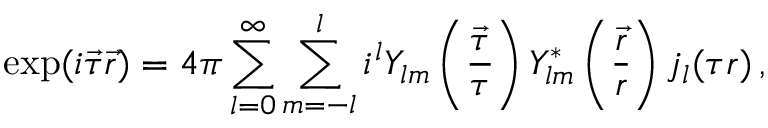
\exp ( i \vec { \tau } \vec { r } ) = 4 \pi \sum _ { l = 0 } ^ { \infty } \sum _ { m = - l } ^ { l } i ^ { l } Y _ { l m } \left( \frac { \vec { \tau } } { \tau } \right) Y _ { l m } ^ { \ast } \left( \frac { \vec { r } } { r } \right) j _ { l } ( \tau r ) \, ,